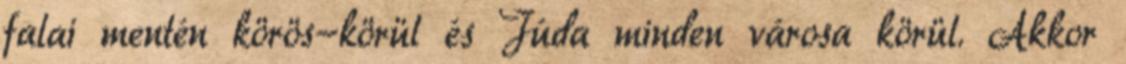
falai mentén körös-körül és Júda minden városa körül. Akkor